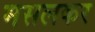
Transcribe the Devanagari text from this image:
मसलकर